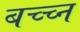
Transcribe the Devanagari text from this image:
बच्च्न